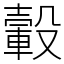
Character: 轂